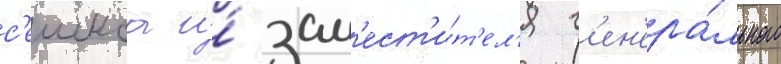
с'ешнса и́ зам'ест'и́т'ел'я г'ен'ера́льного